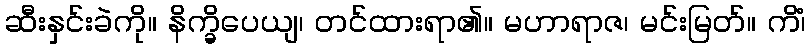
ဆီးနှင်းခဲကို။ နိက္ခိပေယျ၊ တင်ထားရာ၏။ မဟာရာဇ၊ မင်းမြတ်။ ကိံ၊